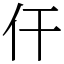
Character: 仠